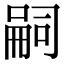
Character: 嗣